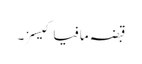
قبضہ مافیا کیسز۔